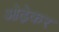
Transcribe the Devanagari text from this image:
ओढ़ेकर